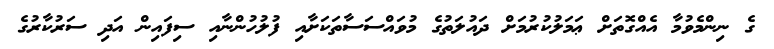
ގެ ނިންމެވުމާ އެއްގޮތަށް ޢަމަލުކުރުމަށް ދައުލަތުގެ މުވައްސަސާތަކަށާއި ފުލުހުންނާއި ސިފައިން އަދި ސަރުކާރުގެ